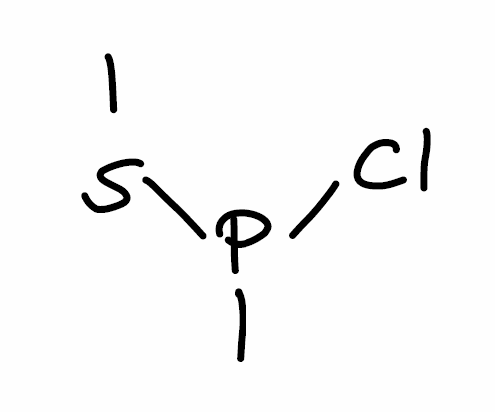
Simplified molecular-input line-entry system (SMILES) notation of the given molecule:
CP(SC)Cl